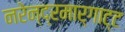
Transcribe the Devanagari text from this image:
नरेन्द्रमार्गाट्ट